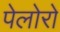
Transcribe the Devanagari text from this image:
पेलोरो